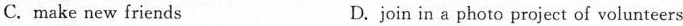
C.make new friends D.join in a photo project of volunteers